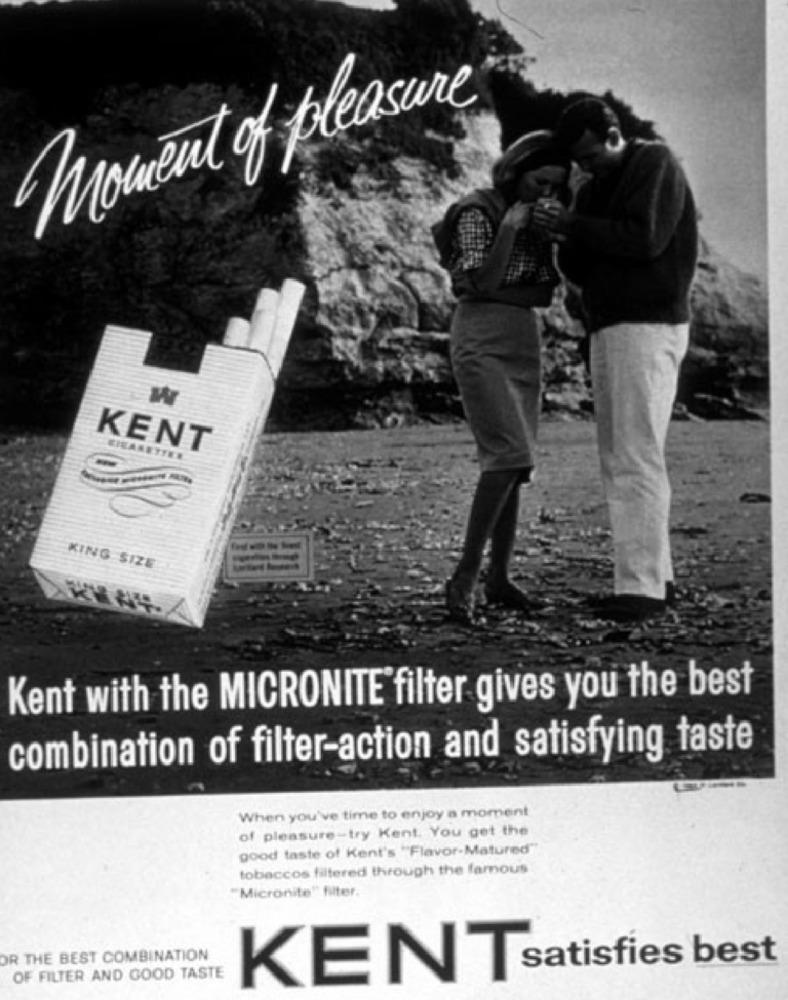
moment of pleasure
W
KENT
EIEARETTER
--
KING SIZE
Kent with the MICRONITE filter gives you the best
combination of filter-action and satisfying taste
When you've time to enjoy a moment
of pleasure-try Kent. You get the
good taste of Kent's "Flavor-Matured"
tobaccos filtered through the famous
"Micronite" fiter.
OR THE BEST COMBINATION
OF FILTER AND GOOD TASTE
KENT satisfies best